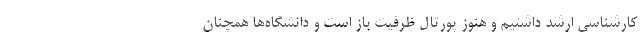
کارشناسی ارشد داشتیم و هنوز پورتال ظرفیت باز است و دانشگاه‌ها همچنان